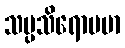
သပ္ပသိရောပမာ